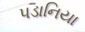
પડાનિયા